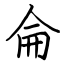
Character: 侖